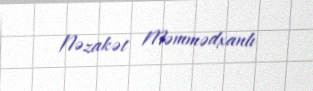
Nəzakət Məmmədxanlı